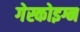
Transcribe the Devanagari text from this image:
गेस्कोइग्न